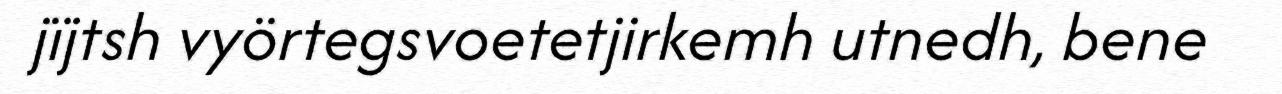
jïjtsh vyörtegsvoetetjirkemh utnedh, bene